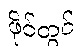
ဖိုင်တွင်